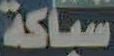
سباكة